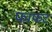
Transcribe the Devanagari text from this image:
फाफट